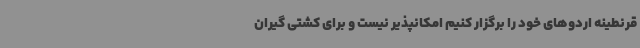
قرنطینه اردوهای خود را برگزار کنیم امکانپذیر نیست و برای کشتی گیران